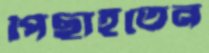
পিছাইতেন